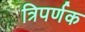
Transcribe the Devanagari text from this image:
त्रिपर्णक